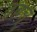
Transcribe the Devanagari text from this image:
तबल्